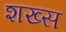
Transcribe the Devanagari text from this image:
शख्‍स